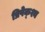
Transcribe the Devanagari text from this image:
प्रिपेक्श्य